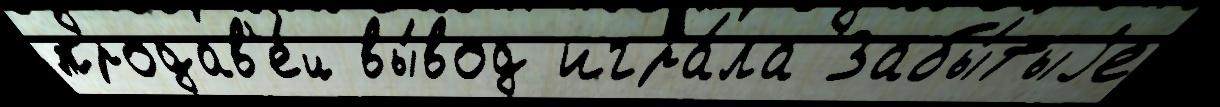
продав'е́ц вы́вод игра́ла Забы́тыjе